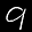
Label: 9